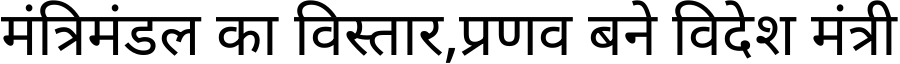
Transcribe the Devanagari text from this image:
मंत्रिमंडल का विस्तार,प्रणव बने विदेश मंत्री